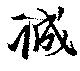
誠